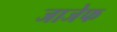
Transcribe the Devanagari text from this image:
जाजेफ